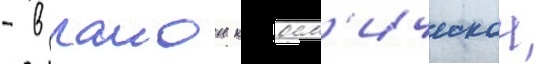
- в раион косм'ическои